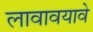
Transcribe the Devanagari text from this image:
लावावयावे